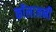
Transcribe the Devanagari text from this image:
कॉलाजनी